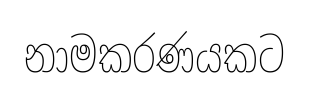
නාමකරණයකට